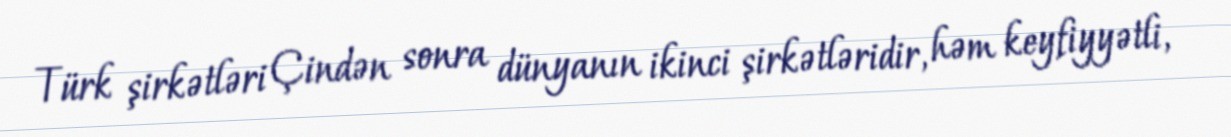
Türk şirkətləri Çindən sonra dünyanın ikinci şirkətləridir, həm keyfiyyətli,